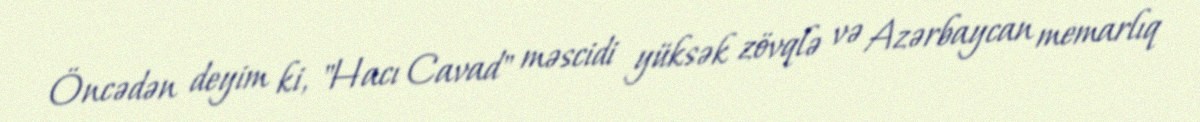
Öncədən deyim ki, "Hacı Cavad" məscidi yüksək zövqlə və Azərbaycan memarlıq